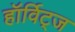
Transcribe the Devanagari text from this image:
हॉर्विट्ज